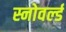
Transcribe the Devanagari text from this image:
स्नोवर्ल्ड